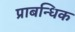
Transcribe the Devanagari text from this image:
प्राबन्धिक